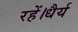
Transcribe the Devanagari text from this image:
रहें।धैर्य